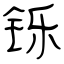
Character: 铄